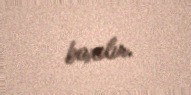
baxılır.